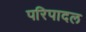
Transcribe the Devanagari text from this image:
परिपादल